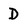
Character: D